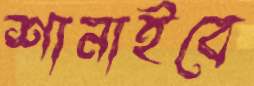
শানাইবে